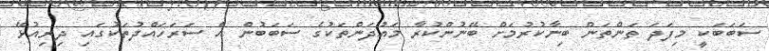
ސަބަބަކީ މިފަދަ ތަންތަން ބިނާކުރުމަށް ބޭނުންކުރާ މައުދަންތަކުގެ ސަބަބުން އެ ސަރަހައްދުތަކުގައި ދިރިއުޅޭ